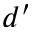
d ^ { \prime }